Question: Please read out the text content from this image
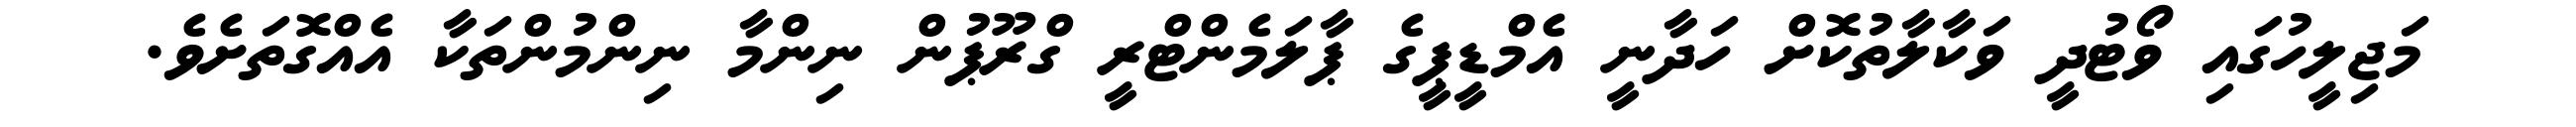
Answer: މަޖިލީހުގައި ވޯޓުދީ ވަކާލާތުކޮށް ހަދާނީ އެމްޑީޕީގެ ޕާލަމެންޓްރީ ގްރޫޕުން ނިންމާ ނިންމުންތަކާ އެއްގޮތަށެވެ.